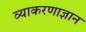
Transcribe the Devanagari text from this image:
व्याकरणाज्ञान